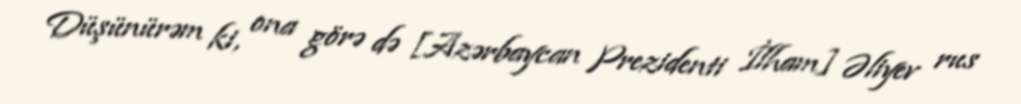
Düşünürəm ki, ona görə də [Azərbaycan Prezidenti İlham] Əliyev rus